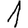
Digit: 1